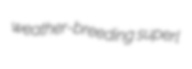
weather-breeding superl